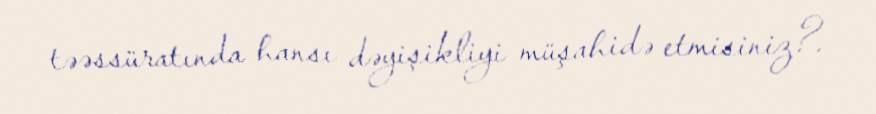
təəssüratında hansı dəyişikliyi müşahidə etmisiniz?.